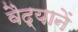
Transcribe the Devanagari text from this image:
वैद्यानें